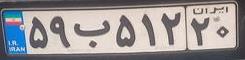
۵۹ب۵۱۲۲۰